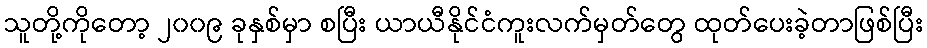
သူတို့ကိုတော့ ၂၀၀၉ ခုနှစ်မှာ စပြီး ယာယီနိုင်ငံကူးလက်မှတ်တွေ ထုတ်ပေးခဲ့တာဖြစ်ပြီး